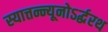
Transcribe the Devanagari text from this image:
स्यात्तन्न्यूनोऽर्द्धरथ